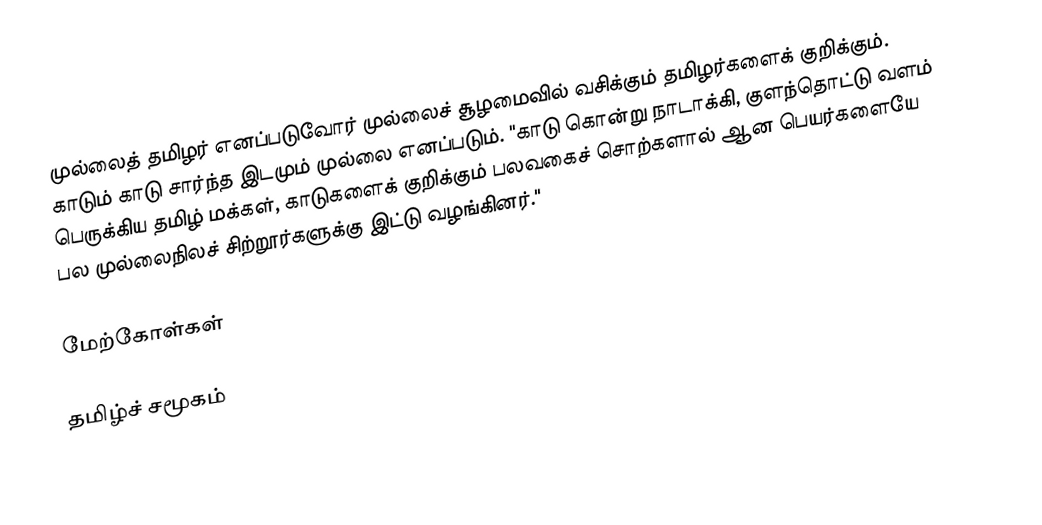
முல்லைத் தமிழர் எனப்படுவோர் முல்லைச் சூழமைவில் வசிக்கும் தமிழர்களைக் குறிக்கும். காடும் காடு சார்ந்த இடமும் முல்லை எனப்படும்.  "காடு கொன்று நாடாக்கி, குளந்தொட்டு வளம் பெருக்கிய தமிழ் மக்கள், காடுகளைக் குறிக்கும் பலவகைச் சொற்களால் ஆன பெயர்களையே பல முல்லைநிலச் சிற்றூர்களுக்கு இட்டு வழங்கினர்."

மேற்கோள்கள்

தமிழ்ச் சமூகம்